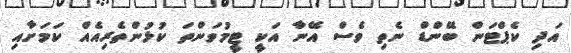
އަދި ކެޕްޓަން ބޭންޑް ނެތި ވެސް އޭނާ އަކީ ޓީމުވަންތަ ކުޅުންތެރިއެއް ކަމަށާއި